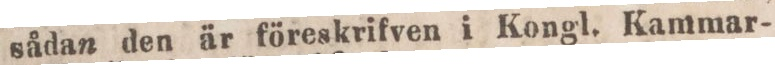
sådan den är föreskrifven i Kongl. Kammar-